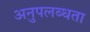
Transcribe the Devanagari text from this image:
अनुपलब्‍धता